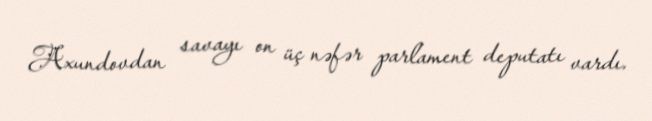
Axundovdan savayı on üç nəfər parlament deputatı vardı.